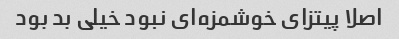
اصلا پیتزای خوشمزه‌ای نبود خیلی بد بود